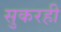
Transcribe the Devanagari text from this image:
सुकरही